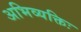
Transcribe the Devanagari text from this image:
अभिव्यक्तिः